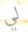
لي